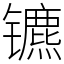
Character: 镳